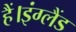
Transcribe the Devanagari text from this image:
हैं।इंग्लैंड